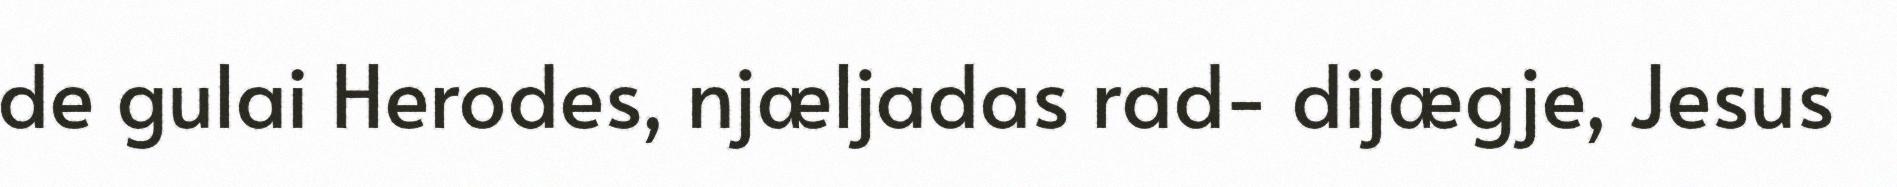
de gulai Herodes, njæljadas rad- dijægje, Jesus